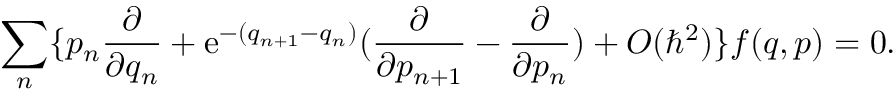
\sum _ { n } \{ p _ { n } \frac { \partial } { \partial q _ { n } } + \mathrm { e } ^ { - ( q _ { n + 1 } - q _ { n } ) } ( \frac { \partial } { \partial p _ { n + 1 } } - \frac { \partial } { \partial p _ { n } } ) + O ( \hbar ^ { 2 } ) \} f ( q , p ) = 0 .